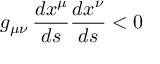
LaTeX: g _ { \mu \nu } \, { \frac { d x ^ { \mu } } { d s } } { \frac { d x ^ { \nu } } { d s } } < 0